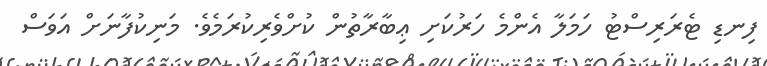
ފިނޑި ޓެރަރިސްޓު ހަމަލާ އެންމެ ހަރުކަށި ޢިބާރާތުން ކުށްވެރިކުރަމެވެ. މަނިކުފާނަށް އަވަސް